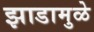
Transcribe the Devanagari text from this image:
झाडामुळे